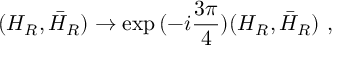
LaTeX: ( H _ { R } , \bar { H } _ { R } ) \rightarrow \exp { ( - i \frac { 3 \pi } { 4 } ) } ( H _ { R } , \bar { H } _ { R } ) \ ,